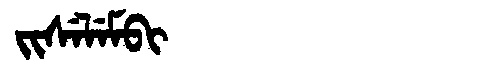
Manchu: ᠵᡳᠰᡝᠯᡝᠮᠪᡳ
Romanization: JISELEMBI